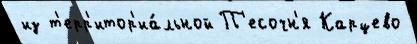
из т'ерр'итор'иа́льной П'есочн'я Карцево